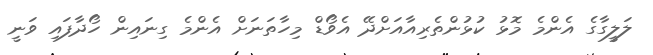
ލަލީގާގެ އެންމެ މޮޅު ކުޅުންތެރިއާއަށްދޭ އެވޯޑް މިހާތަނަށް އެންމެ ގިނައިން ހޯދާފައި ވަނީ